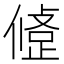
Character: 𢿅